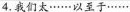
4.我们太······以至于······